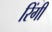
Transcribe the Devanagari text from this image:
रिंगी